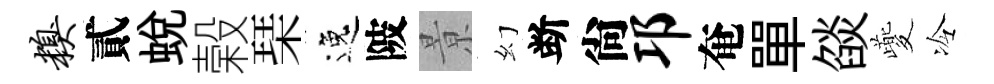
糗貳蜕榖琹逸陂㬌幻断尙邛奄單燄夔冷